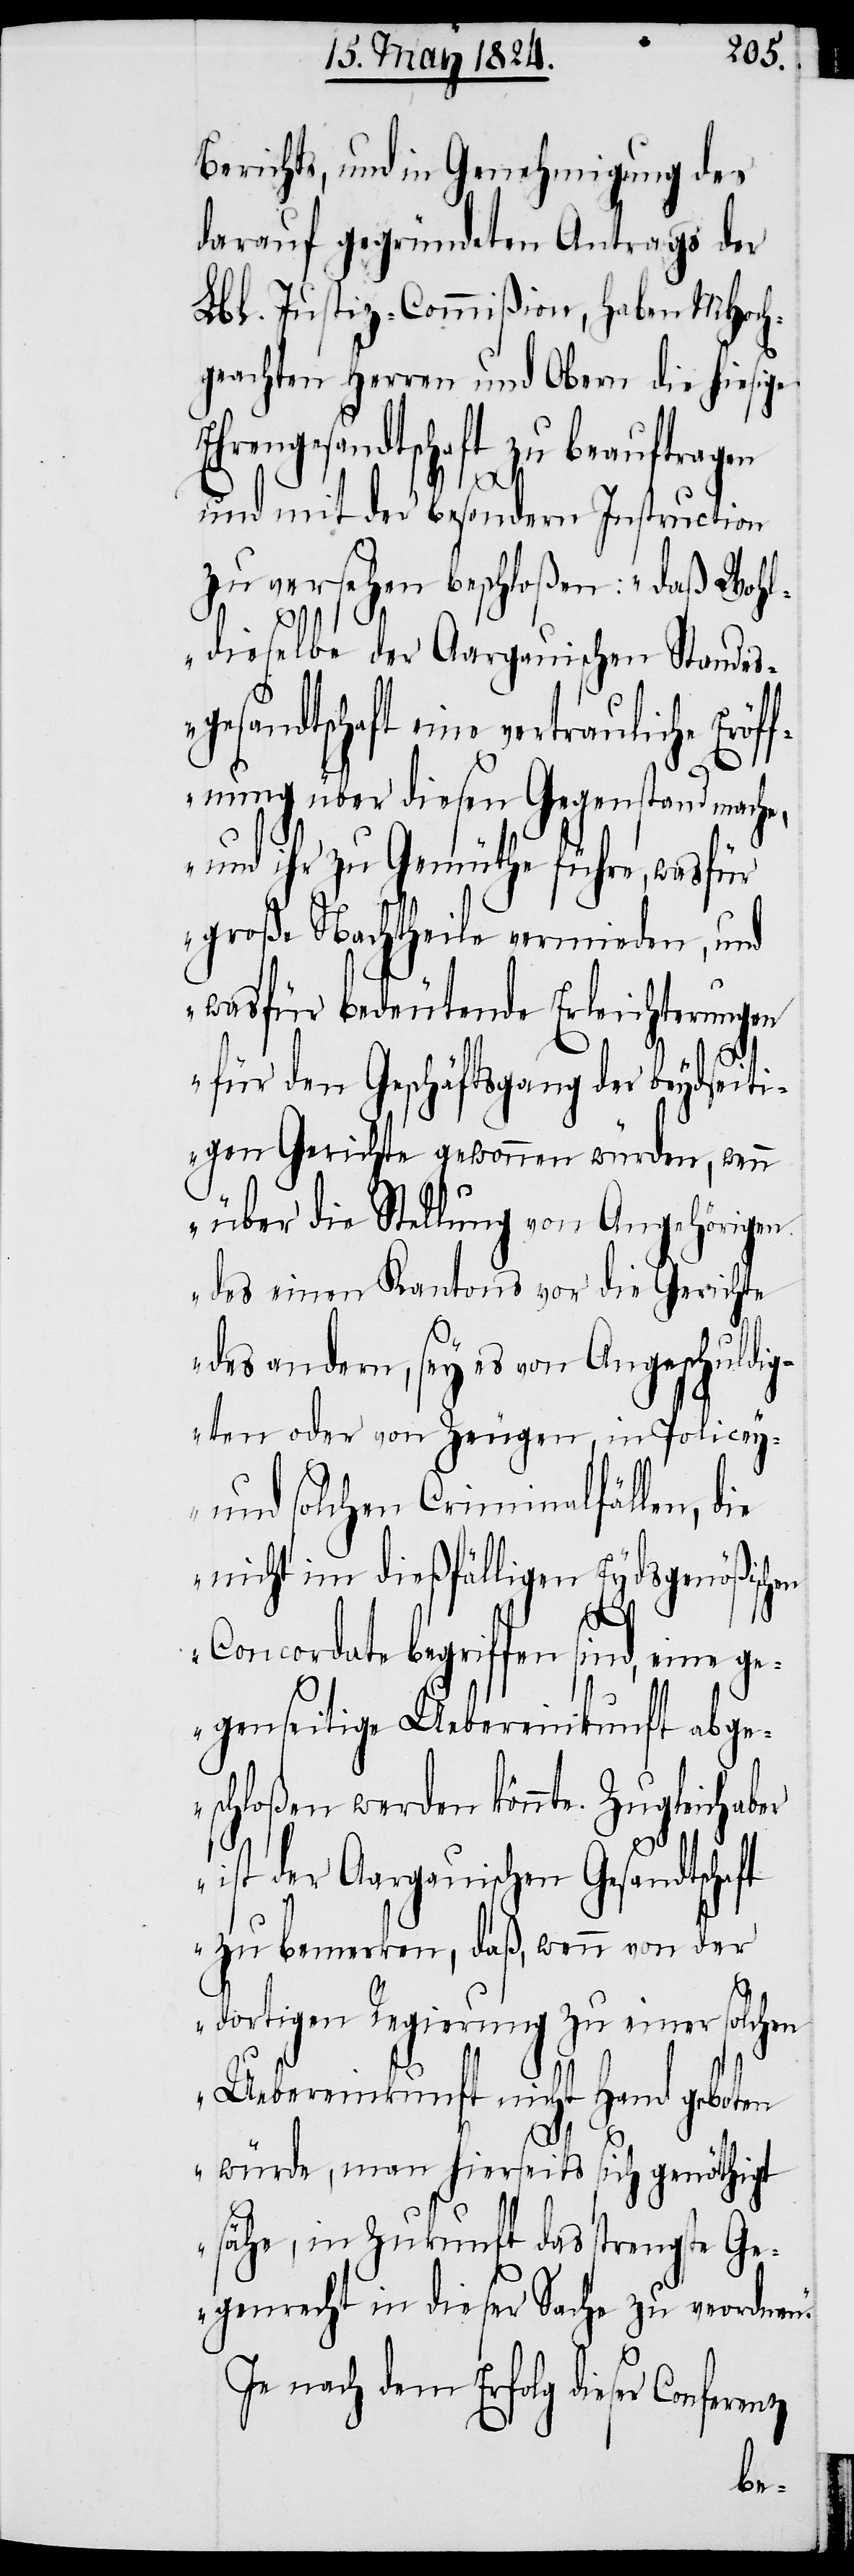
Berichts, und in Genehmigung des
darauf gegründeten Antrags der
Lbl. Justiz-Commißion, haben MHoch¬
geachten Herren und Obern die hiesige
Ehrengesandtschaft zu beauftragen
und mit der besondern Instruction
zu versehen beschloßen: „daß Wohl¬
dieselbe der Aargauischen Standes¬
gesandtschaft eine vertrauliche Eröf¬
fnung über diesen Gegenstand mache,
und ihr zu Gemüthe führe, was für
große Nachtheile vermieden, und
was für bedeutende Erleichterungen
für den Geschäftsgang der beydseiti¬
gen Gerichte gewonnen würden, wenn
über die Stellung von Angehörigen
des einen Kantons vor die Gerichte
des andern, sey es von Angeschuldig¬
ten oder von Zeugen, in Policey-
und solchen Criminalfällen, die
nicht im dießfälligen Eydsgenößischen
Concordate begriffen sind, eine ge¬
genseitige Uebereinkunft abge¬
schloßen werden könnte. Zugleich a¬
ist der aargauischen Gesandtschaft
zu bemerken, daß, wenn von der
dortigen Regierung zu einer solchen
Uebereinkunft nicht Hand geboten
würde, man hierseits sich genöthigt
sähe, in Zukunft das strengste Ge¬
genrecht in dieser Sache zu verordnen“.
Je nach dem Erfolg dieser Conferenz
ber